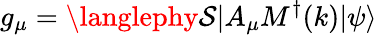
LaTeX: g_{\mu}=\langlephy\mathcal{S}|A_{\mu}M^{\dagger}(k)|\psi\rangle